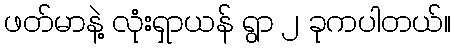
ဖတ်မာနဲ့ လုံးရှာယန် ရွာ ၂ ခုကပါတယ်။